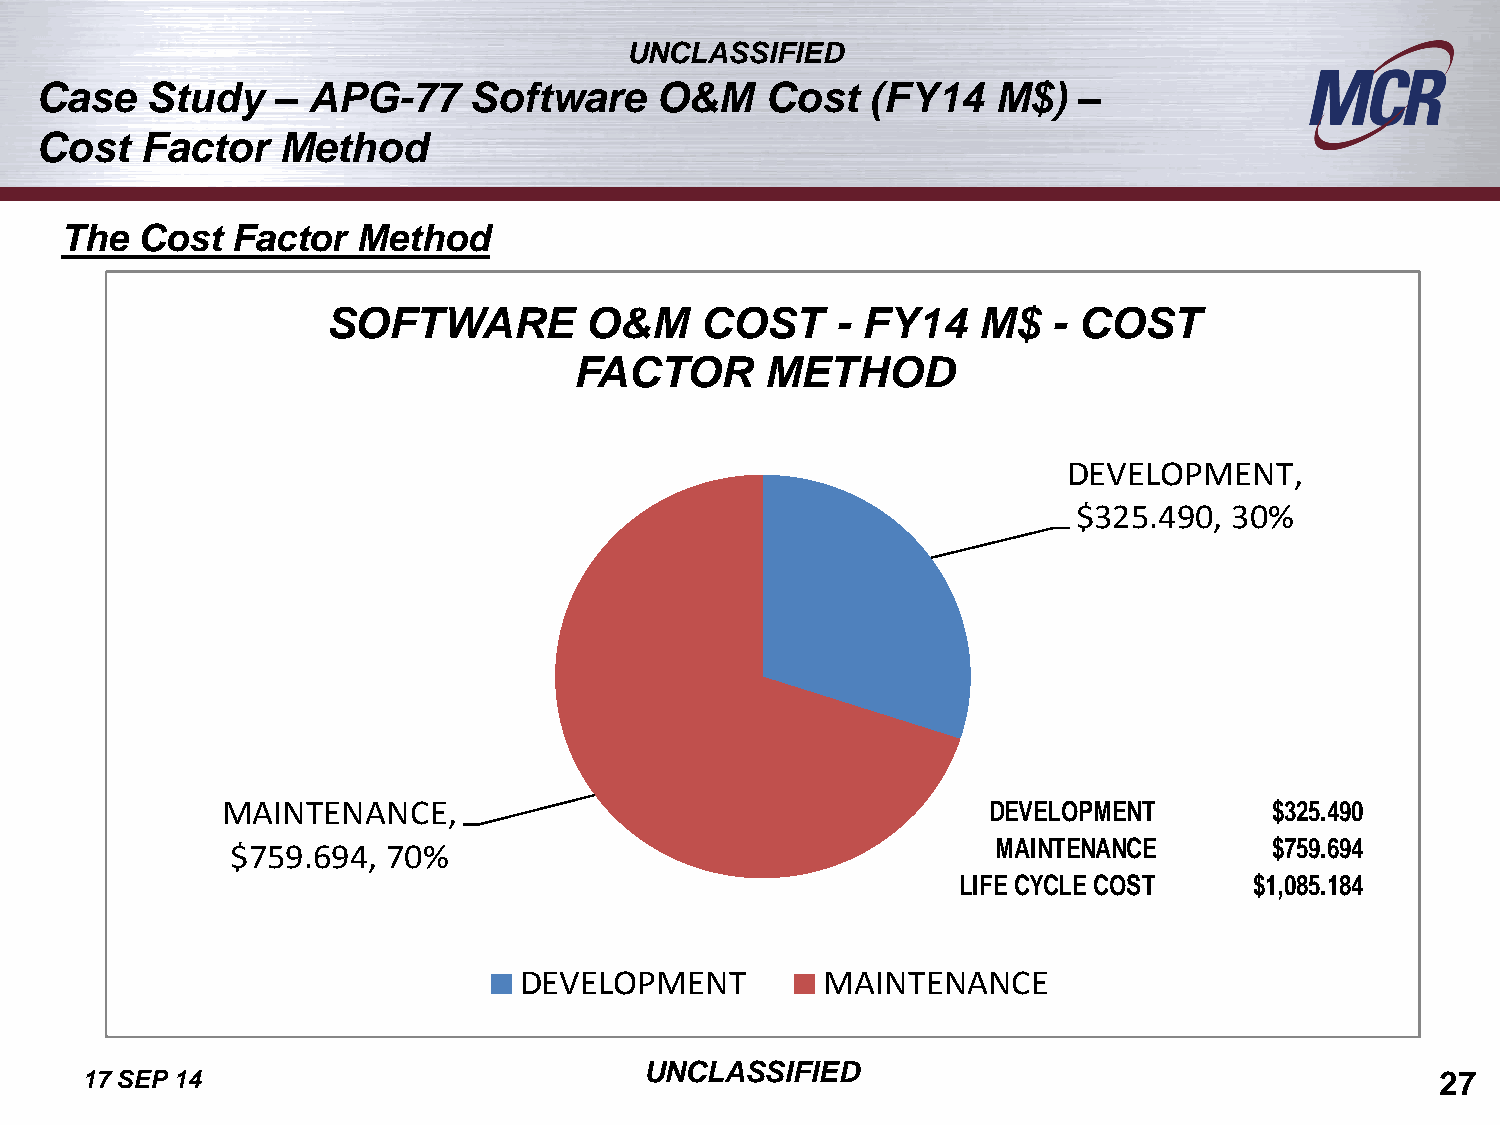
UNCLASSIFIED
 Case    Study   – APG-77     Software    O&M     Cost   (FY14   M$)  –
 Cost   Factor   Method
 The  Cost  Factor   Method
 SOFTWARE         O&M    COST     - FY14    M$   - COST
 FACTOR       METHOD
 DEVELOPMENT,
 $325.490,  30%
 MAINTENANCE,                                      DEVELOPMENT        $325.490
 $759.694,  70%                                     MAINTENANCE       $759.694
 LIFE CYCLE COST    $1,085.184
 DEVELOPMENT         MAINTENANCE
 UNCLASSIFIED
 17 SEP 14                                                                                 27